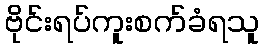
ဗိုင်းရပ်ကူးစက်ခံရသူ